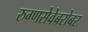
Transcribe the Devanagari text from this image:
रुग्णसेवेबरोबर